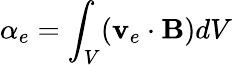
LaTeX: \alpha_{e}=\int_{V}(\mathbf{v}_{e}\cdot\mathbf{B})dV